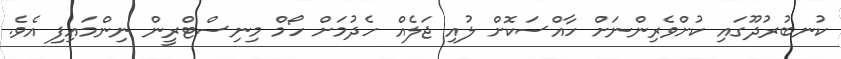
ކުނބުރުދޫގައި ކުށްވެރިންނަށް ހާއްސަކޮށް ލުއި ޖަލެއް ހެދުމަށް ހޯމް މިނިސްޓްރީން ނިންމައިފި އެވެ.